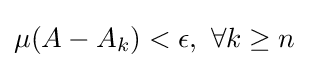
\mu (A-A_{k})<\epsilon ,~\forall k\geq n